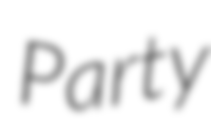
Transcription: Party